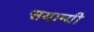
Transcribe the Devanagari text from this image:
सयाग्यी